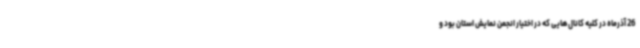
26 آذرماه در کلیه کانال‌هایی که در اختیار انجمن نمایش استان بود و